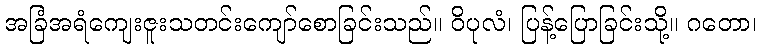
အခြံအရံကျေးဇူးသတင်းကျော်စောခြင်းသည်။ ဝိပုလံ၊ ပြန့်ပြောခြင်းသို့။ ဂတော၊